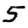
Digit: 5